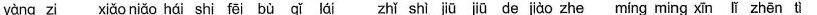
yàng zi xiǎo niǎo hái shi fēi bù qǐ lái zhǐ shì jiū jiū zhe míng ming xīn lǐ zhēn tì